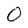
Character: O